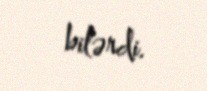
bilərdi.